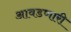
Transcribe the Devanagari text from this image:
आवडणारी